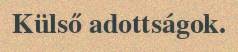
Külső adottságok.